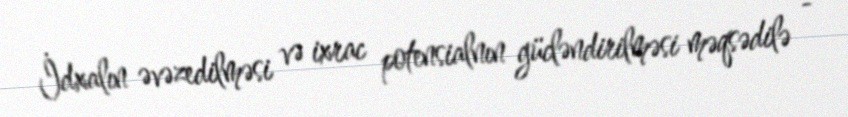
İdxalın əvəzedilməsi və ixrac potensialnın gücləndirilməsi məqsədilə -